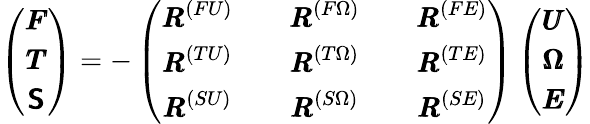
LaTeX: \left(\begin{array}{ccccc}{{\pmb F}}\\ {{\pmb T}}\\ {\mathsf{\pmb S}}\end{array}\right)=-\left(\begin{array}{ccccc}{{\pmb R}^{(FU)}}&{}&{{\pmb R}^{(F\Omega)}}&{}&{{\pmb R}^{(FE)}}\\ {{\pmb R}^{(TU)}}&{}&{{\pmb R}^{(T\Omega)}}&{}&{{\pmb R}^{(TE)}}\\ {{\pmb R}^{(SU)}}&{}&{{\pmb R}^{(S\Omega)}}&{}&{{\pmb R}^{(SE)}}\end{array}\right)\left(\begin{array}{ccccc}{{\pmb U}}\\ {{\pmb\Omega}}\\ {{\pmb E}}\end{array}\right)